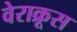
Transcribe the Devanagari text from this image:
वेराक्रूस